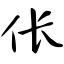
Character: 伥